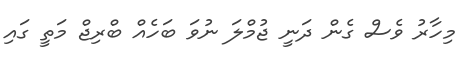
މިހާރު ވެސް ގެން ދަނީ ޖުމްލަ ނުވަ ބަހެއް ބްރިޖް މަތީ ގައި